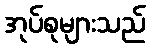
အုပ်စုများသည်